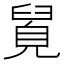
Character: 𮍯